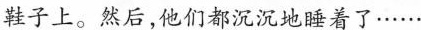
鞋子上。然后，他们都沉沉地睡着了……